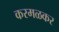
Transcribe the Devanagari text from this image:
करमळकर